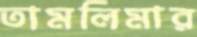
তামলিমার